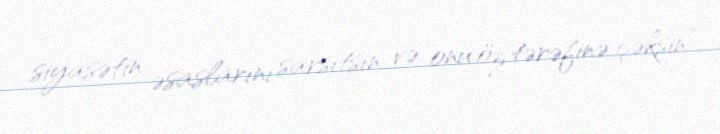
siyasətin əsaslarını sarsıtsın və onu öz tərəfinə çəksin”.